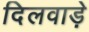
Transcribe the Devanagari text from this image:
दिलवाड़े